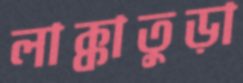
লাক্কাতুড়া